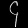
Digit: ၄